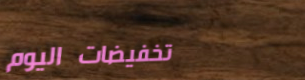
تخفيضات اليوم